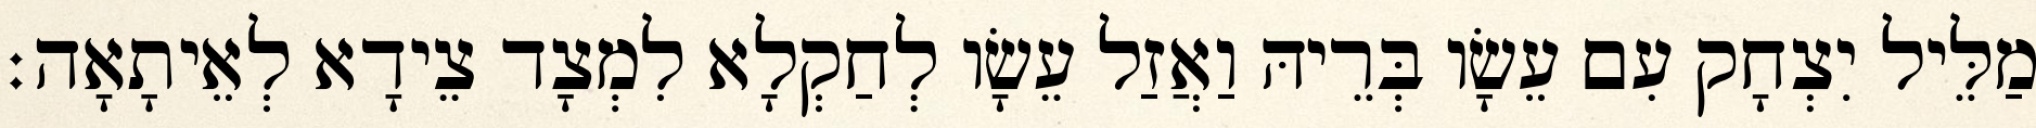
מַלֵּיל יִצְחָק עִם עֵשָׂו בְּרֵיהּ וַאֲזַל עֵשָׂו לְחַקְלָא לִמְצָד צֵידָא לְאֵיתָאָה׃